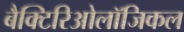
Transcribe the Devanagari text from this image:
बैक्टिरिओलॉजिकल